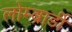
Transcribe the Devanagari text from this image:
लोम्ब्रार्डी